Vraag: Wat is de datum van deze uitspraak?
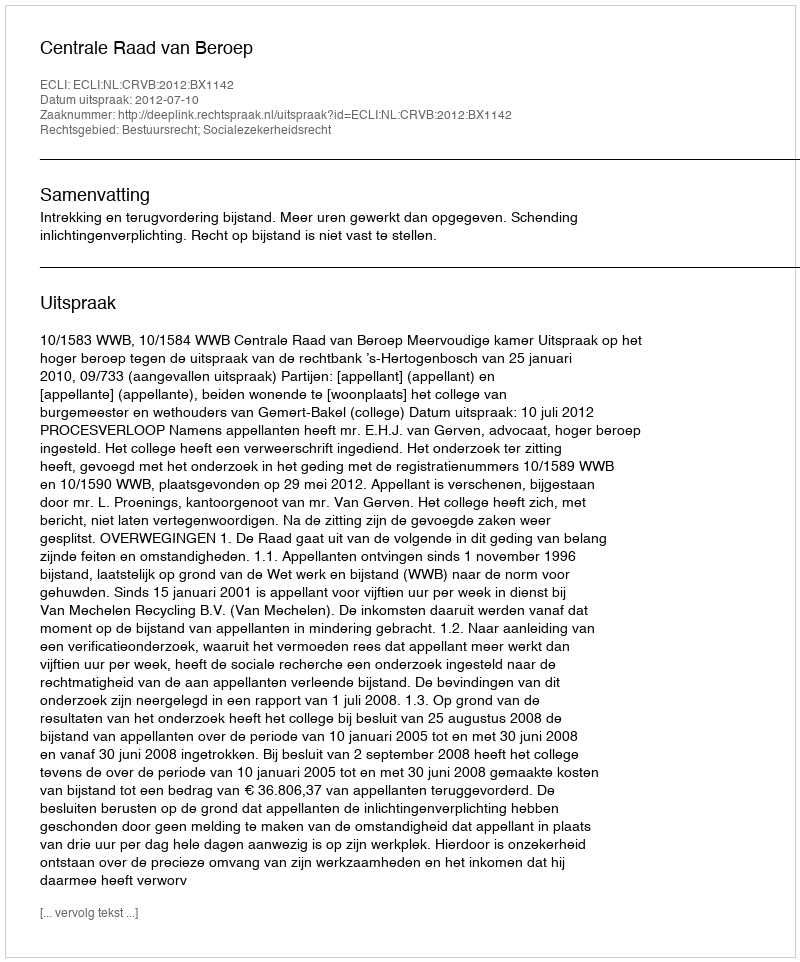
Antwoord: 2012-07-10